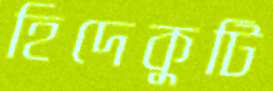
হিদেকুটি